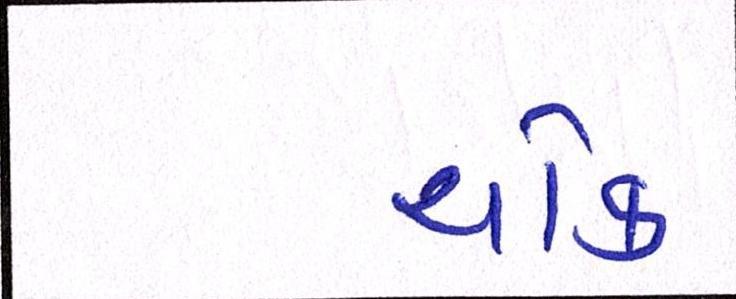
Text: ચોક